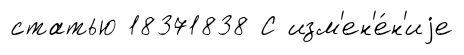
статью 18371838 С изм'ен'е́н'иjе